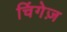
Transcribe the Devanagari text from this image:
चिंगेज़